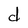
Character: d